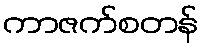
ကာဇက်စတန်